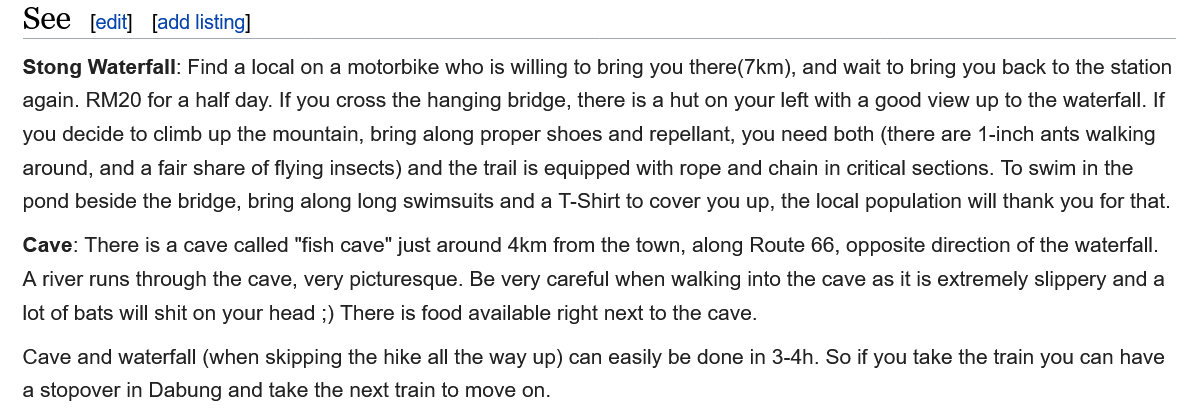
See   edit]
   Stong Waterfall: Find a local on a motorbike who is willing to bring you there(7km), and wait to bring you back to the station
   again. RM20 for a half day. If you cross the hanging bridge, there is a hut on your left with a good view up to the waterfall. If
   you decide to climb up the mountain, bring along proper shoes and repellant, you need both (there are 1-inch ants walking
   around, and
  a
     fair share of flying insects) and the trail is equipped with rope and chain in critical sections. To swim in the
   pond beside the bridge, bring along long swimsuits and a T-Shirt to cover you up, the local population will thank you for that.
   Cave: There is a cave called "fish cave" just around 4km from the town, along Route 66, opposite direction of the waterfall.
   A river runs through the cave, very picturesque. Be very careful when walking into the cave as it is extremely slippery and a
   lot of bats will shit on your head ;) There is food available right next to the cave.
   Cave and waterfall (when skipping the hike all the way up) can easily be done in 3-4h. So if you take the train you can he
   a stopover in Dabung and take the next train to move on.